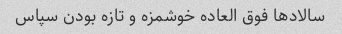
سالاد‌ها فوق العاده خوشمزه و تازه بودن سپاس